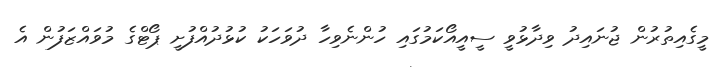
މީގެއިތުރުން ޖުނައިދު ވިދާޅުވީ ސީއީއޯކަމުގައި ހުންނެވިހާ ދުވަހަކު ކުޅުދުއްފުށީ ޕޯޓްގެ މުވައްޒަފުން އެ